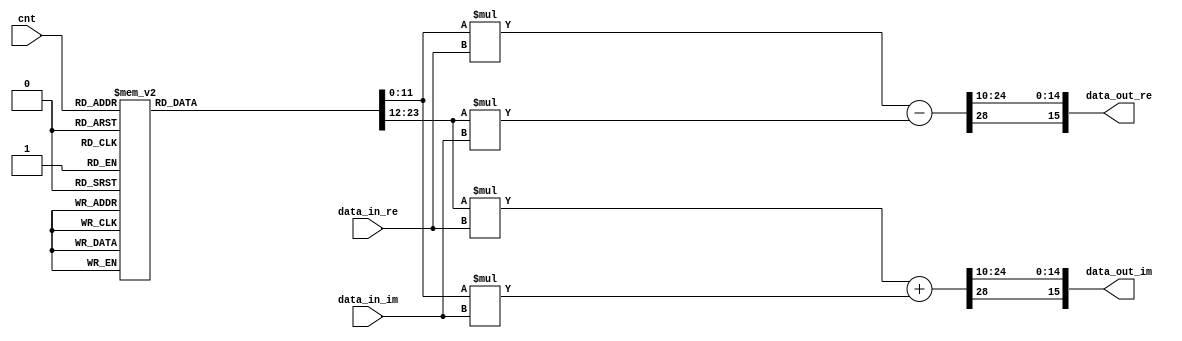
/******************************************************************************
Copyright (c) 2018 SoC Design Laboratory, Konkuk University, South Korea
All rights reserved.

Redistribution and use in source and binary forms, with or without
modification, are permitted provided that the following conditions are
met: redistributions of source code must retain the above copyright
notice, this list of conditions and the following disclaimer;
redistributions in binary form must reproduce the above copyright
notice, this list of conditions and the following disclaimer in the
documentation and/or other materials provided with the distribution;
neither the name of the copyright holders nor the names of its
contributors may be used to endorse or promote products derived from
this software without specific prior written permission.

THIS SOFTWARE IS PROVIDED BY THE COPYRIGHT HOLDERS AND CONTRIBUTORS
"AS IS" AND ANY EXPRESS OR IMPLIED WARRANTIES, INCLUDING, BUT NOT
LIMITED TO, THE IMPLIED WARRANTIES OF MERCHANTABILITY AND FITNESS FOR
A PARTICULAR PURPOSE ARE DISCLAIMED. IN NO EVENT SHALL THE COPYRIGHT
OWNER OR CONTRIBUTORS BE LIABLE FOR ANY DIRECT, INDIRECT, INCIDENTAL,
SPECIAL, EXEMPLARY, OR CONSEQUENTIAL DAMAGES (INCLUDING, BUT NOT
LIMITED TO, PROCUREMENT OF SUBSTITUTE GOODS OR SERVICES; LOSS OF USE,
DATA, OR PROFITS; OR BUSINESS INTERRUPTION) HOWEVER CAUSED AND ON ANY
THEORY OF LIABILITY, WHETHER IN CONTRACT, STRICT LIABILITY, OR TORT
(INCLUDING NEGLIGENCE OR OTHERWISE) ARISING IN ANY WAY OUT OF THE USE
OF THIS SOFTWARE, EVEN IF ADVISED OF THE POSSIBILITY OF SUCH DAMAGE.

Authors: Sunwoo Kim (sunwkim@konkuk.ac.kr)

Revision History
2017.02.15: Started by Sunwoo Kim
*******************************************************************************/

module MULT(data_in_re,data_in_im,cnt,data_out_re,data_out_im);
parameter BW=16;
parameter N =64;

wire signed [11:0] W_re[63:0];
wire signed [11:0] W_im[63:0];
                                           
input signed [BW-1:0] data_in_re;//(9:4)
input signed [BW-1:0] data_in_im;
input [5:0] cnt;
output signed[BW-1:0] data_out_re;//(9:4)
output signed[BW-1:0] data_out_im;
    
reg signed [11:0] temp_re; //[10:0]
reg signed [11:0] temp_im; //[10:0]

wire signed [BW+12:0] buf_re0;
wire signed [BW+12:0] buf_im0;
wire signed [BW+12:0] buf_re1;
wire signed [BW+12:0] buf_im1;    
wire signed [BW+12:0] buf_re; //[23:0]
wire signed [BW+12:0] buf_im; //[23:0]

    parameter signed W_re0 = 12'b010000000000;
    parameter signed W_re1 = 12'b001111111110;
    parameter signed W_re2 = 12'b001111111011;
    parameter signed W_re3 = 12'b001111110100;
    parameter signed W_re4 = 12'b001111101100;
    parameter signed W_re5 = 12'b001111100001;
    parameter signed W_re6 = 12'b001111010011;
    parameter signed W_re7 = 12'b001111000100;
    parameter signed W_re8 = 12'b001110110010;
    parameter signed W_re9 = 12'b001110011101;
    parameter signed W_re10 = 12'b001110000111;
    parameter signed W_re11 = 12'b001101101110;
    parameter signed W_re12 = 12'b001101010011;
    parameter signed W_re13 = 12'b001100110110;
    parameter signed W_re14 = 12'b001100010111;
    parameter signed W_re15 = 12'b001011110110;
    parameter signed W_re16 = 12'b001011010100;
    parameter signed W_re17 = 12'b001010101111;
    parameter signed W_re18 = 12'b001010001001;
    parameter signed W_re19 = 12'b001001100001;
    parameter signed W_re20 = 12'b001000111000;
    parameter signed W_re21 = 12'b001000001110;
    parameter signed W_re22 = 12'b000111100010;
    parameter signed W_re23 = 12'b000110110101;
    parameter signed W_re24 = 12'b000110000111;
    parameter signed W_re25 = 12'b000101011000;
    parameter signed W_re26 = 12'b000100101001;
    parameter signed W_re27 = 12'b000011111000;
    parameter signed W_re28 = 12'b000011000111;
    parameter signed W_re29 = 12'b000010010110;
    parameter signed W_re30 = 12'b000001100100;
    parameter signed W_re31 = 12'b000000110010;
    parameter signed W_re32 = 12'b000000000000;
    parameter signed W_re33 = 12'b111111001101;
    parameter signed W_re34 = 12'b111110011011;
    parameter signed W_re35 = 12'b111101101001;
    parameter signed W_re36 = 12'b111100111000;
    parameter signed W_re37 = 12'b111100000111;
    parameter signed W_re38 = 12'b111011010110;
    parameter signed W_re39 = 12'b111010100111;
    parameter signed W_re40 = 12'b111001111000;
    parameter signed W_re41 = 12'b111001001010;
    parameter signed W_re42 = 12'b111000011101;
    parameter signed W_re43 = 12'b110111110001;
    parameter signed W_re44 = 12'b110111000111;
    parameter signed W_re45 = 12'b110110011110;
    parameter signed W_re46 = 12'b110101110110;
    parameter signed W_re47 = 12'b110101010000;
    parameter signed W_re48 = 12'b110100101011;
    parameter signed W_re49 = 12'b110100001001;
    parameter signed W_re50 = 12'b110011101000;
    parameter signed W_re51 = 12'b110011001001;
    parameter signed W_re52 = 12'b110010101100;
    parameter signed W_re53 = 12'b110010010001;
    parameter signed W_re54 = 12'b110001111000;
    parameter signed W_re55 = 12'b110001100010;
    parameter signed W_re56 = 12'b110001001101;
    parameter signed W_re57 = 12'b110000111011;
    parameter signed W_re58 = 12'b110000101100;
    parameter signed W_re59 = 12'b110000011110;
    parameter signed W_re60 = 12'b110000010011;
    parameter signed W_re61 = 12'b110000001011;
    parameter signed W_re62 = 12'b110000000100;
    parameter signed W_re63 = 12'b110000000001;


    parameter signed W_im0 = 12'b000000000000;
    parameter signed W_im1 = 12'b111111001101;
    parameter signed W_im2 = 12'b111110011011;
    parameter signed W_im3 = 12'b111101101001;
    parameter signed W_im4 = 12'b111100111000;
    parameter signed W_im5 = 12'b111100000111;
    parameter signed W_im6 = 12'b111011010110;
    parameter signed W_im7 = 12'b111010100111;
    parameter signed W_im8 = 12'b111001111000;
    parameter signed W_im9 = 12'b111001001010;
    parameter signed W_im10 = 12'b111000011101;
    parameter signed W_im11 = 12'b110111110001;
    parameter signed W_im12 = 12'b110111000111;
    parameter signed W_im13 = 12'b110110011110;
    parameter signed W_im14 = 12'b110101110110;
    parameter signed W_im15 = 12'b110101010000;
    parameter signed W_im16 = 12'b110100101011;
    parameter signed W_im17 = 12'b110100001001;
    parameter signed W_im18 = 12'b110011101000;
    parameter signed W_im19 = 12'b110011001001;
    parameter signed W_im20 = 12'b110010101100;
    parameter signed W_im21 = 12'b110010010001;
    parameter signed W_im22 = 12'b110001111000;
    parameter signed W_im23 = 12'b110001100010;
    parameter signed W_im24 = 12'b110001001101;
    parameter signed W_im25 = 12'b110000111011;
    parameter signed W_im26 = 12'b110000101100;
    parameter signed W_im27 = 12'b110000011110;
    parameter signed W_im28 = 12'b110000010011;
    parameter signed W_im29 = 12'b110000001011;
    parameter signed W_im30 = 12'b110000000100;
    parameter signed W_im31 = 12'b110000000001;
    parameter signed W_im32 = 12'b110000000000;
    parameter signed W_im33 = 12'b110000000001;
    parameter signed W_im34 = 12'b110000000100;
    parameter signed W_im35 = 12'b110000001011;
    parameter signed W_im36 = 12'b110000010011;
    parameter signed W_im37 = 12'b110000011110;
    parameter signed W_im38 = 12'b110000101100;
    parameter signed W_im39 = 12'b110000111011;
    parameter signed W_im40 = 12'b110001001101;
    parameter signed W_im41 = 12'b110001100010;
    parameter signed W_im42 = 12'b110001111000;
    parameter signed W_im43 = 12'b110010010001;
    parameter signed W_im44 = 12'b110010101100;
    parameter signed W_im45 = 12'b110011001001;
    parameter signed W_im46 = 12'b110011101000;
    parameter signed W_im47 = 12'b110100001001;
    parameter signed W_im48 = 12'b110100101011;
    parameter signed W_im49 = 12'b110101010000;
    parameter signed W_im50 = 12'b110101110110;
    parameter signed W_im51 = 12'b110110011110;
    parameter signed W_im52 = 12'b110111000111;
    parameter signed W_im53 = 12'b110111110001;
    parameter signed W_im54 = 12'b111000011101;
    parameter signed W_im55 = 12'b111001001010;
    parameter signed W_im56 = 12'b111001111000;
    parameter signed W_im57 = 12'b111010100111;
    parameter signed W_im58 = 12'b111011010110;
    parameter signed W_im59 = 12'b111100000111;
    parameter signed W_im60 = 12'b111100111000;
    parameter signed W_im61 = 12'b111101101001;
    parameter signed W_im62 = 12'b111110011011;
    parameter signed W_im63 = 12'b111111001101;

always@(*) begin
if (N==64) begin
    case(cnt)
        6'd0 : begin
               temp_re <= W_re0;
               temp_im <= W_im0;
               end
        6'd1 : begin
               temp_re <= W_re1;
               temp_im <= W_im1;
               end
        6'd2 : begin
               temp_re <= W_re2;
               temp_im <= W_im2;
               end
        6'd3 : begin
               temp_re <= W_re3;
               temp_im <= W_im3;
               end
        6'd4 : begin
               temp_re <= W_re4;
               temp_im <= W_im4;
               end
        6'd5 : begin
               temp_re <= W_re5;
               temp_im <= W_im5;
               end
        6'd6 : begin
               temp_re <= W_re6;
               temp_im <= W_im6;
               end
        6'd7 : begin
               temp_re <= W_re7;
               temp_im <= W_im7;
               end
        6'd8 : begin
               temp_re <= W_re8;
               temp_im <= W_im8;
               end
        6'd9 : begin
               temp_re <= W_re9;
               temp_im <= W_im9;
               end
        6'd10 : begin
               temp_re <= W_re10;
               temp_im <= W_im10;
               end
        6'd11 : begin
               temp_re <= W_re11;
               temp_im <= W_im11;
               end
        6'd12 : begin
               temp_re <= W_re12;
               temp_im <= W_im12;
               end
        6'd13 : begin
               temp_re <= W_re13;
               temp_im <= W_im13;
               end
        6'd14 : begin
               temp_re <= W_re14;
               temp_im <= W_im14;
               end
        6'd15 : begin
               temp_re <= W_re15;
               temp_im <= W_im15;
               end
        6'd16 : begin
               temp_re <= W_re16;
               temp_im <= W_im16;
               end
        6'd17 : begin
               temp_re <= W_re17;
               temp_im <= W_im17;
               end
        6'd18 : begin
               temp_re <= W_re18;
               temp_im <= W_im18;
               end
        6'd19 : begin
               temp_re <= W_re19;
               temp_im <= W_im19;
               end
        6'd20 : begin
               temp_re <= W_re20;
               temp_im <= W_im20;
               end
        6'd21 : begin
               temp_re <= W_re21;
               temp_im <= W_im21;
               end
        6'd22 : begin
               temp_re <= W_re22;
               temp_im <= W_im22;
               end
        6'd23 : begin
               temp_re <= W_re23;
               temp_im <= W_im23;
               end
        6'd24 : begin
               temp_re <= W_re24;
               temp_im <= W_im24;
               end
        6'd25 : begin
               temp_re <= W_re25;
               temp_im <= W_im25;
               end
        6'd26 : begin
               temp_re <= W_re26;
               temp_im <= W_im26;
               end
        6'd27 : begin
               temp_re <= W_re27;
               temp_im <= W_im27;
               end
        6'd28 : begin
               temp_re <= W_re28;
               temp_im <= W_im28;
               end
        6'd29 : begin
               temp_re <= W_re29;
               temp_im <= W_im29;
               end
        6'd30 : begin
               temp_re <= W_re30;
               temp_im <= W_im30;
               end
        6'd31 : begin
               temp_re <= W_re31;
               temp_im <= W_im31;
               end
        6'd32 : begin
               temp_re <= W_re32;
               temp_im <= W_im32;
               end
        6'd33 : begin
               temp_re <= W_re33;
               temp_im <= W_im33;
               end
        6'd34 : begin
               temp_re <= W_re34;
               temp_im <= W_im34;
               end
        6'd35 : begin
               temp_re <= W_re35;
               temp_im <= W_im35;
               end
        6'd36 : begin
               temp_re <= W_re36;
               temp_im <= W_im36;
               end
        6'd37 : begin
               temp_re <= W_re37;
               temp_im <= W_im37;
               end
        6'd38 : begin
               temp_re <= W_re38;
               temp_im <= W_im38;
               end
        6'd39 : begin
               temp_re <= W_re39;
               temp_im <= W_im39;
               end
        6'd40 : begin
               temp_re <= W_re40;
               temp_im <= W_im40;
               end
        6'd41 : begin
               temp_re <= W_re41;
               temp_im <= W_im41;
               end
        6'd42 : begin
               temp_re <= W_re42;
               temp_im <= W_im42;
               end
        6'd43 : begin
               temp_re <= W_re43;
               temp_im <= W_im43;
               end
        6'd44 : begin
               temp_re <= W_re44;
               temp_im <= W_im44;
               end
        6'd45 : begin
               temp_re <= W_re45;
               temp_im <= W_im45;
               end
        6'd46 : begin
               temp_re <= W_re46;
               temp_im <= W_im46;
               end
        6'd47 : begin
               temp_re <= W_re47;
               temp_im <= W_im47;
               end
        6'd48 : begin
               temp_re <= W_re48;
               temp_im <= W_im48;
               end
        6'd49 : begin
               temp_re <= W_re49;
               temp_im <= W_im49;
               end
        6'd50 : begin
               temp_re <= W_re50;
               temp_im <= W_im50;
               end
        6'd51 : begin
               temp_re <= W_re51;
               temp_im <= W_im51;
               end
        6'd52 : begin
               temp_re <= W_re52;
               temp_im <= W_im52;
               end
        6'd53 : begin
               temp_re <= W_re53;
               temp_im <= W_im53;
               end
        6'd54 : begin
               temp_re <= W_re54;
               temp_im <= W_im54;
               end
        6'd55 : begin
               temp_re <= W_re55;
               temp_im <= W_im55;
               end
        6'd56 : begin
               temp_re <= W_re56;
               temp_im <= W_im56;
               end
        6'd57 : begin
               temp_re <= W_re57;
               temp_im <= W_im57;
               end
        6'd58 : begin
               temp_re <= W_re58;
               temp_im <= W_im58;
               end
        6'd59 : begin
               temp_re <= W_re59;
               temp_im <= W_im59;
               end
        6'd60 : begin
               temp_re <= W_re60;
               temp_im <= W_im60;
               end
        6'd61 : begin
               temp_re <= W_re61;
               temp_im <= W_im61;
               end
        6'd62 : begin
               temp_re <= W_re62;
               temp_im <= W_im62;
               end
        6'd63 : begin
               temp_re <= W_re63;
               temp_im <= W_im63;
               end
    endcase
end
else if (N==32) begin
    case(cnt[4:0])
        5'd1 : begin
               temp_re <= W_re0;
               temp_im <= W_im0;
               end
        5'd2 : begin
               temp_re <= W_re2;
               temp_im <= W_im2;
               end
        5'd3 : begin
               temp_re <= W_re4;
               temp_im <= W_im4;
               end            
        5'd4 : begin
               temp_re <= W_re6;
               temp_im <= W_im6;
               end                        
        5'd5 : begin
               temp_re <= W_re8;
               temp_im <= W_im8;
               end
        5'd6 : begin
               temp_re <= W_re10;
               temp_im <= W_im10;
               end
        5'd7 : begin
               temp_re <= W_re12;
               temp_im <= W_im12;
               end       
        5'd8 : begin
               temp_re <= W_re14;
               temp_im <= W_im14;
               end
        5'd9 : begin
               temp_re <= W_re16;
               temp_im <= W_im16;
               end
        5'd10 : begin
               temp_re <= W_re18;
               temp_im <= W_im18;
               end
        5'd11 : begin
               temp_re <= W_re20;
               temp_im <= W_im20;
               end
        5'd12 : begin
               temp_re <= W_re22;
               temp_im <= W_im22;
               end
        5'd13 : begin
               temp_re <= W_re24;
               temp_im <= W_im24;
               end
        5'd14 : begin
               temp_re <= W_re26;
               temp_im <= W_im26;
               end
        5'd15 : begin
               temp_re <= W_re28;
               temp_im <= W_im28;
               end       
        5'd16 : begin
               temp_re <= W_re30;
               temp_im <= W_im30;
               end
        5'd17 : begin
               temp_re <= W_re32;
               temp_im <= W_im32;
               end
        5'd18 : begin
               temp_re <= W_re34;
               temp_im <= W_im34;
               end
        5'd19 : begin
               temp_re <= W_re36;
               temp_im <= W_im36;
               end
        5'd20 : begin
               temp_re <= W_re38;
               temp_im <= W_im38;
               end
        5'd21 : begin
               temp_re <= W_re40;
               temp_im <= W_im40;
               end
        5'd22 : begin
               temp_re <= W_re42;
               temp_im <= W_im42;
               end
        5'd23 : begin
               temp_re <= W_re44;
               temp_im <= W_im44;
               end
        5'd24 : begin
               temp_re <= W_re46;
               temp_im <= W_im46;
               end
        5'd25 : begin
               temp_re <= W_re48;
               temp_im <= W_im48;
               end
        5'd26 : begin
               temp_re <= W_re50;
               temp_im <= W_im50;
               end
        5'd27 : begin
               temp_re <= W_re52;
               temp_im <= W_im52;
               end
        5'd28 : begin
               temp_re <= W_re54;
               temp_im <= W_im54;
               end
        5'd29 : begin
               temp_re <= W_re56;
               temp_im <= W_im56;
               end
        5'd30 : begin
               temp_re <= W_re58;
               temp_im <= W_im58;
               end
        5'd31 : begin
               temp_re <= W_re60;
               temp_im <= W_im60;
               end
        5'd0 : begin
               temp_re <= W_re62;
               temp_im <= W_im62;
               end       
      endcase
end
else if (N==16) begin
    case(cnt[3:0])//-1
        4'd2 : begin
               temp_re <= W_re0;
               temp_im <= W_im0;
               end
        4'd3 : begin
               temp_re <= W_re4;
               temp_im <= W_im4;
               end
        4'd4 : begin
               temp_re <= W_re8;
               temp_im <= W_im8;
               end            
        4'd5 : begin
               temp_re <= W_re12;
               temp_im <= W_im12;
               end                        
        4'd6 : begin
               temp_re <= W_re16;
               temp_im <= W_im16;
               end
        4'd7 : begin
               temp_re <= W_re20;
               temp_im <= W_im20;
               end
        4'd8 : begin
               temp_re <= W_re24;
               temp_im <= W_im24;
               end       
        4'd9 : begin
               temp_re <= W_re28;
               temp_im <= W_im28;
               end
        4'd10 : begin
               temp_re <= W_re32;
               temp_im <= W_im32;
               end
        4'd11: begin
               temp_re <= W_re36;
               temp_im <= W_im36;
               end
        4'd12: begin
               temp_re <= W_re40;
               temp_im <= W_im40;
               end
        4'd13: begin
               temp_re <= W_re44;
               temp_im <= W_im44;
               end
        4'd14: begin
               temp_re <= W_re48;
               temp_im <= W_im48;
               end
        4'd15: begin
               temp_re <= W_re52;
               temp_im <= W_im52;
               end
        4'd0: begin
               temp_re <= W_re56;
               temp_im <= W_im56;
               end       
        4'd1 : begin
               temp_re <= W_re60;
               temp_im <= W_im60;
               end
      endcase
end
else if (N==8)begin
    case(cnt[2:0])
        3'd3 : begin
               temp_re <= W_re0;
               temp_im <= W_im0;
               end
        3'd4 : begin
               temp_re <= W_re8;
               temp_im <= W_im8;
               end
        3'd5 : begin
               temp_re <= W_re16;
               temp_im <= W_im16;
               end            
        3'd6 : begin
               temp_re <= W_re24;
               temp_im <= W_im24;
               end                        
        3'd7 : begin
               temp_re <= W_re32;
               temp_im <= W_im32;
               end
        3'd0 : begin
               temp_re <= W_re40;
               temp_im <= W_im40;
               end
        3'd1 : begin
               temp_re <= W_re48;
               temp_im <= W_im48;
               end       
        3'd2 : begin
               temp_re <= W_re56;
               temp_im <= W_im56;
               end
      endcase
end
else if (N==4) begin
    case(cnt[1:0])
        2'd0 : begin
               temp_re <= W_re0;
               temp_im <= W_im0;
               end
        2'd1 : begin
               temp_re <= W_re16;
               temp_im <= W_im16;
               end
        2'd2 : begin
               temp_re <= W_re32;
               temp_im <= W_im32;
               end            
        2'd3 : begin
               temp_re <= W_re48;
               temp_im <= W_im48;
               end            
      endcase
end
else begin//if (N==2) begin
    case(cnt[0])
        2'd1 : begin
               temp_re <= W_re0;
               temp_im <= W_im0;
               end
        2'd0 : begin
               temp_re <= W_re32;
               temp_im <= W_im32;
               end
      endcase
end
end

assign buf_re0 = temp_re*data_in_re; // [24:0]
assign buf_im0 = temp_im*data_in_re; // [24:0]
assign buf_re1 = temp_im*data_in_im; // [24:0]
assign buf_im1 = temp_re*data_in_im; // [24:0]

assign buf_re = buf_re0-buf_re1; // [24:0]
assign buf_im = buf_im0+buf_im1; // [24:0]

assign data_out_re = {buf_re[BW+12],buf_re[BW+8:10]};
assign data_out_im = {buf_im[BW+12],buf_im[BW+8:10]};

endmodule